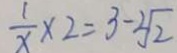
\frac { 1 } { x } \times 2 = 3 - \sqrt [ 2 ] { 2 }